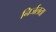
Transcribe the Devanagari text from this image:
निर्जलता